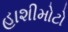
હાશીમોટો